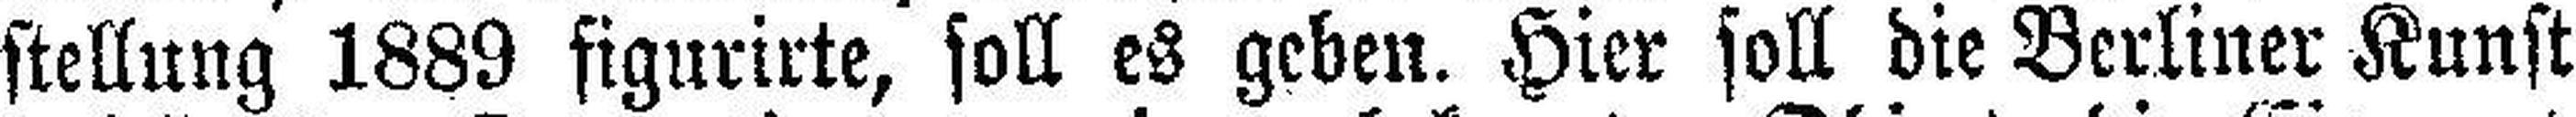
stellung 1889 figurirte, soll es geben. Hier soll die Berliner Kunst